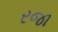
રજા